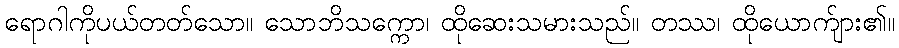
ရောဂါကိုပယ်တတ်သော။ သောဘိသက္ကော၊ ထိုဆေးသမားသည်။ တဿ၊ ထိုယောက်ျား၏။